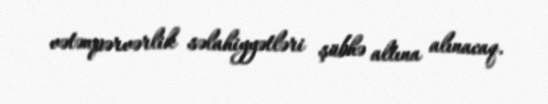
vətənpərvərlik səlahiyyətləri şübhə altına alınacaq.